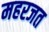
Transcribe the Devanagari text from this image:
महरजत